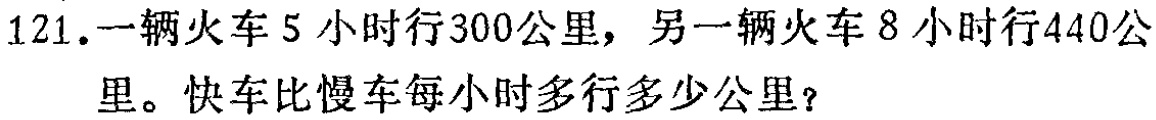
121.一辆火车5小时行300公里，另一辆火车8小时行440公里。快车比慢车每小时多行多少公里？